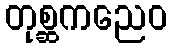
တုစ္ဆကညေဝ